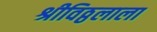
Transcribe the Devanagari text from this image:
श्रीविठ्ठलाला